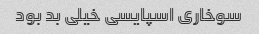
سوخاری اسپایسی خیلی بد بود